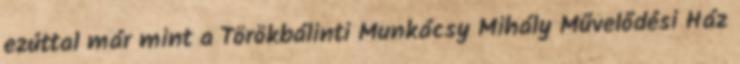
ezúttal már mint a Törökbálinti Munkácsy Mihály Művelődési Ház